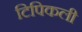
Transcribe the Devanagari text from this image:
टिपिकली